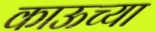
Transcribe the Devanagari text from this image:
काऊच्या